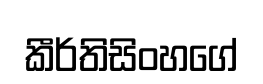
කීර්තිසිංහගේ